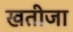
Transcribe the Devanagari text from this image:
खतीजा